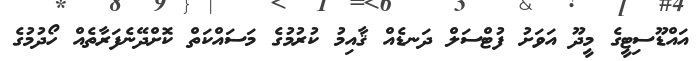
އައްޑޫސިޓީގެ މީދޫ އަވަށު ފުޓްސަލް ދަނޑެއް ޤާއިމު ކުރުމުގެ މަސައްކަތް ކޮށްދޭނެފަރާތެއް ހޯދުމުގެ